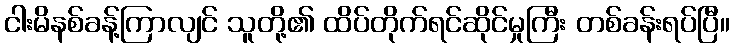
ငါးမိနစ်ခန့်ကြာလျင် သူတို့၏ ထိပ်တိုက်ရင်ဆိုင်မှုကြီး တစ်ခန်းရပ်ပြီ။